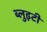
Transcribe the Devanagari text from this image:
ब्लुइटी